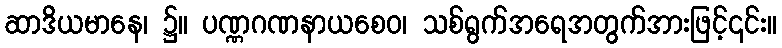
ဆာဒိယမာနေ၊ ၌။ ပဏ္ဏဂဏနာယစေဝ၊ သစ်ရွက်အရေအတွက်အားဖြင့်၎င်း။